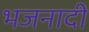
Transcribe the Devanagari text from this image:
भजनादी